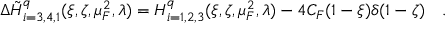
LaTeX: \Delta { \tilde { H } } _ { i = 3 , 4 , 1 } ^ { q } ( \xi , \zeta , \mu _ { F } ^ { 2 } , \lambda ) = H _ { i = 1 , 2 , 3 } ^ { q } ( \xi , \zeta , \mu _ { F } ^ { 2 } , \lambda ) - 4 C _ { F } ( 1 - \xi ) \delta ( 1 - \zeta ) \ \ \ .